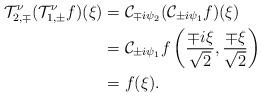
LaTeX: \begin{align*}\mathcal{T}^\nu_{2,\mp} (\mathcal{T}^\nu_{1,\pm} f)(\xi) & = \mathcal{C}_{{\mp}i{\psi_2}} (\mathcal{C}_{{\pm}i{\psi_1}} f)(\xi)\\&= \mathcal{C}_{{\pm}i{\psi_1}} f \left(\frac{\mp i \xi}{\sqrt 2}, \frac{{\mp}\xi}{\sqrt 2}\right)\\&= f(\xi).\end{align*}